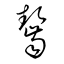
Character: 齧